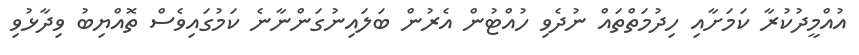
އުއްމީދުކުރާ ކަމަށާއި ހިދުމަތްތައް ނުދެވި ހުއްޓުން އެރުން ބަލައިނުގަންނާނެ ކަމުގައިވެސް ތޮއްޔިބު ވިދާޅުވި